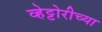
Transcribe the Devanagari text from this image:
व्हेट्टोरीच्या